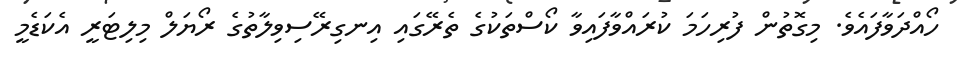
ހޯއްދަވާފައެވެ. މިގޮތުން ފުރިހަމަ ކުރައްވާފައިވާ ކޯސްތަކުގެ ތެރޭގައި އިނގިރޭސިވިލާތުގެ ރޯޔަލް މިލިޓަރީ އެކަޑެމީ